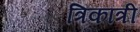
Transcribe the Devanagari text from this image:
त्रिकांत्री